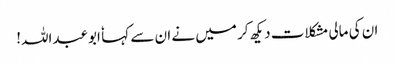
ان کی مالی مشکلات دیکھ کر میں نے ان سے کہا ٗ ابوعبداللہ!